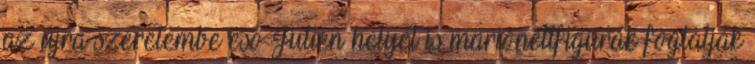
az újra szerelembe eső Julien helyét is marionettfigurák foglalják